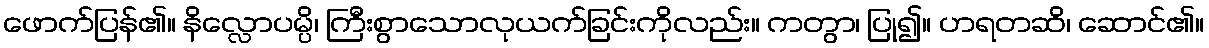
ဖောက်ပြန်၏။ နိလ္လောပမ္ပိ၊ ကြီးစွာသောလုယက်ခြင်းကိုလည်း။ ကတွာ၊ ပြု၍။ ဟရတဆိ၊ ဆောင်၏။